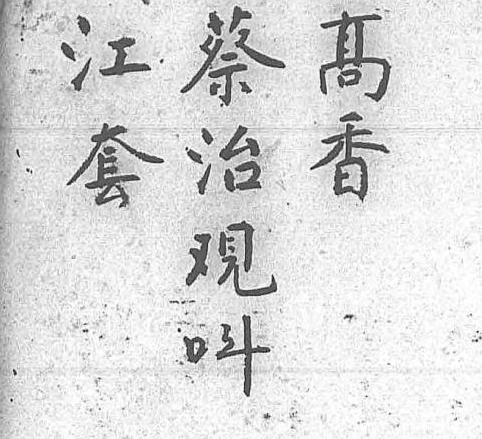
江蔡高呌套治香  觀